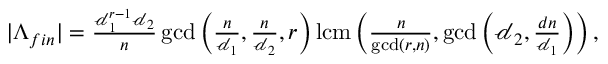
\begin{array} { r } { | \Lambda _ { f i n } | = \frac { \mathscr { d } _ { 1 } ^ { r - 1 } \mathscr { d } _ { 2 } } { n } \operatorname* { g c d } \left( \frac { n } { \mathscr { d } _ { 1 } } , \frac { n } { \mathscr { d } _ { 2 } } , r \right) \mathrm { l c m } \left( \frac { n } { \operatorname* { g c d } ( r , n ) } , \operatorname* { g c d } \left( \mathscr { d } _ { 2 } , \frac { d n } { \mathscr { d } _ { 1 } } \right) \right) , } \end{array}